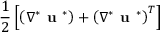
\frac { 1 } { 2 } \left[ \left( \nabla ^ { * } { \textbf { u } ^ { * } } \right) + \left( \nabla ^ { * } { \textbf { u } ^ { * } } \right) ^ { T } \right]